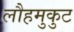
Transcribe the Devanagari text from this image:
लौहमुकुट